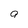
Character: a